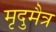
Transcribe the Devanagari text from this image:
मृदुमैत्र